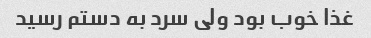
غذا خوب بود ولی سرد به دستم رسید